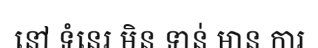
នៅ ទំនេរ មិន ទាន់ មាន ការ